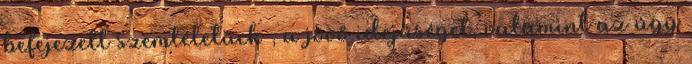
befejezett szemléletűek , a jövő idejűséget, valamint az úgy